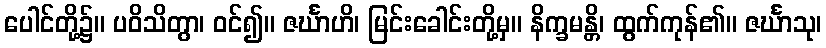
ပေါင်တို့၌။ ပဝိသိတွာ၊ ဝင်၍။ ဇင်္ဃာဟိ၊ မြင်းခေါင်းတို့မှ။ နိက္ခမန္တိ၊ ထွက်ကုန်၏။ ဇင်္ဃာသု၊